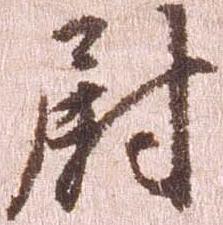
尉